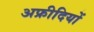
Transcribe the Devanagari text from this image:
अफ्रीदियों